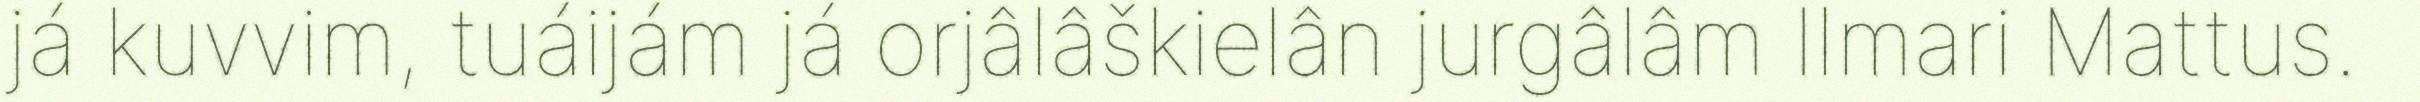
já kuvvim, tuáijám já orjâlâškielân jurgâlâm Ilmari Mattus.